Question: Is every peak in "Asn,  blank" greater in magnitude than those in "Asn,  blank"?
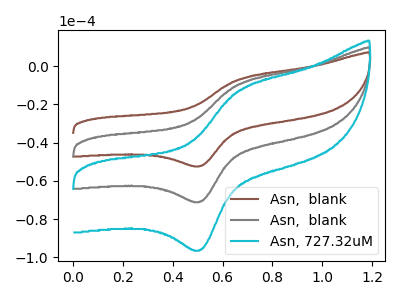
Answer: <think>The brown curve "Asn,  blank" has an anodic peak at (0.65V, -6.85uA) and a cathodic peak at (0.50V, -52.20uA). The gray curve "Asn,  blank" has an anodic peak at (0.65V, -9.30uA) and a cathodic peak at (0.50V, -70.80uA). The cyan curve "Asn, 727.32uM" has an anodic peak at (0.65V, -18.60uA) and a cathodic peak at (0.50V, -141.60uA).</think>
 <answer>The peaks in "Asn,  blank" are neither all higher or all lower than the peaks in "Asn,  blank".</answer>
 <eval>mixed</eval>